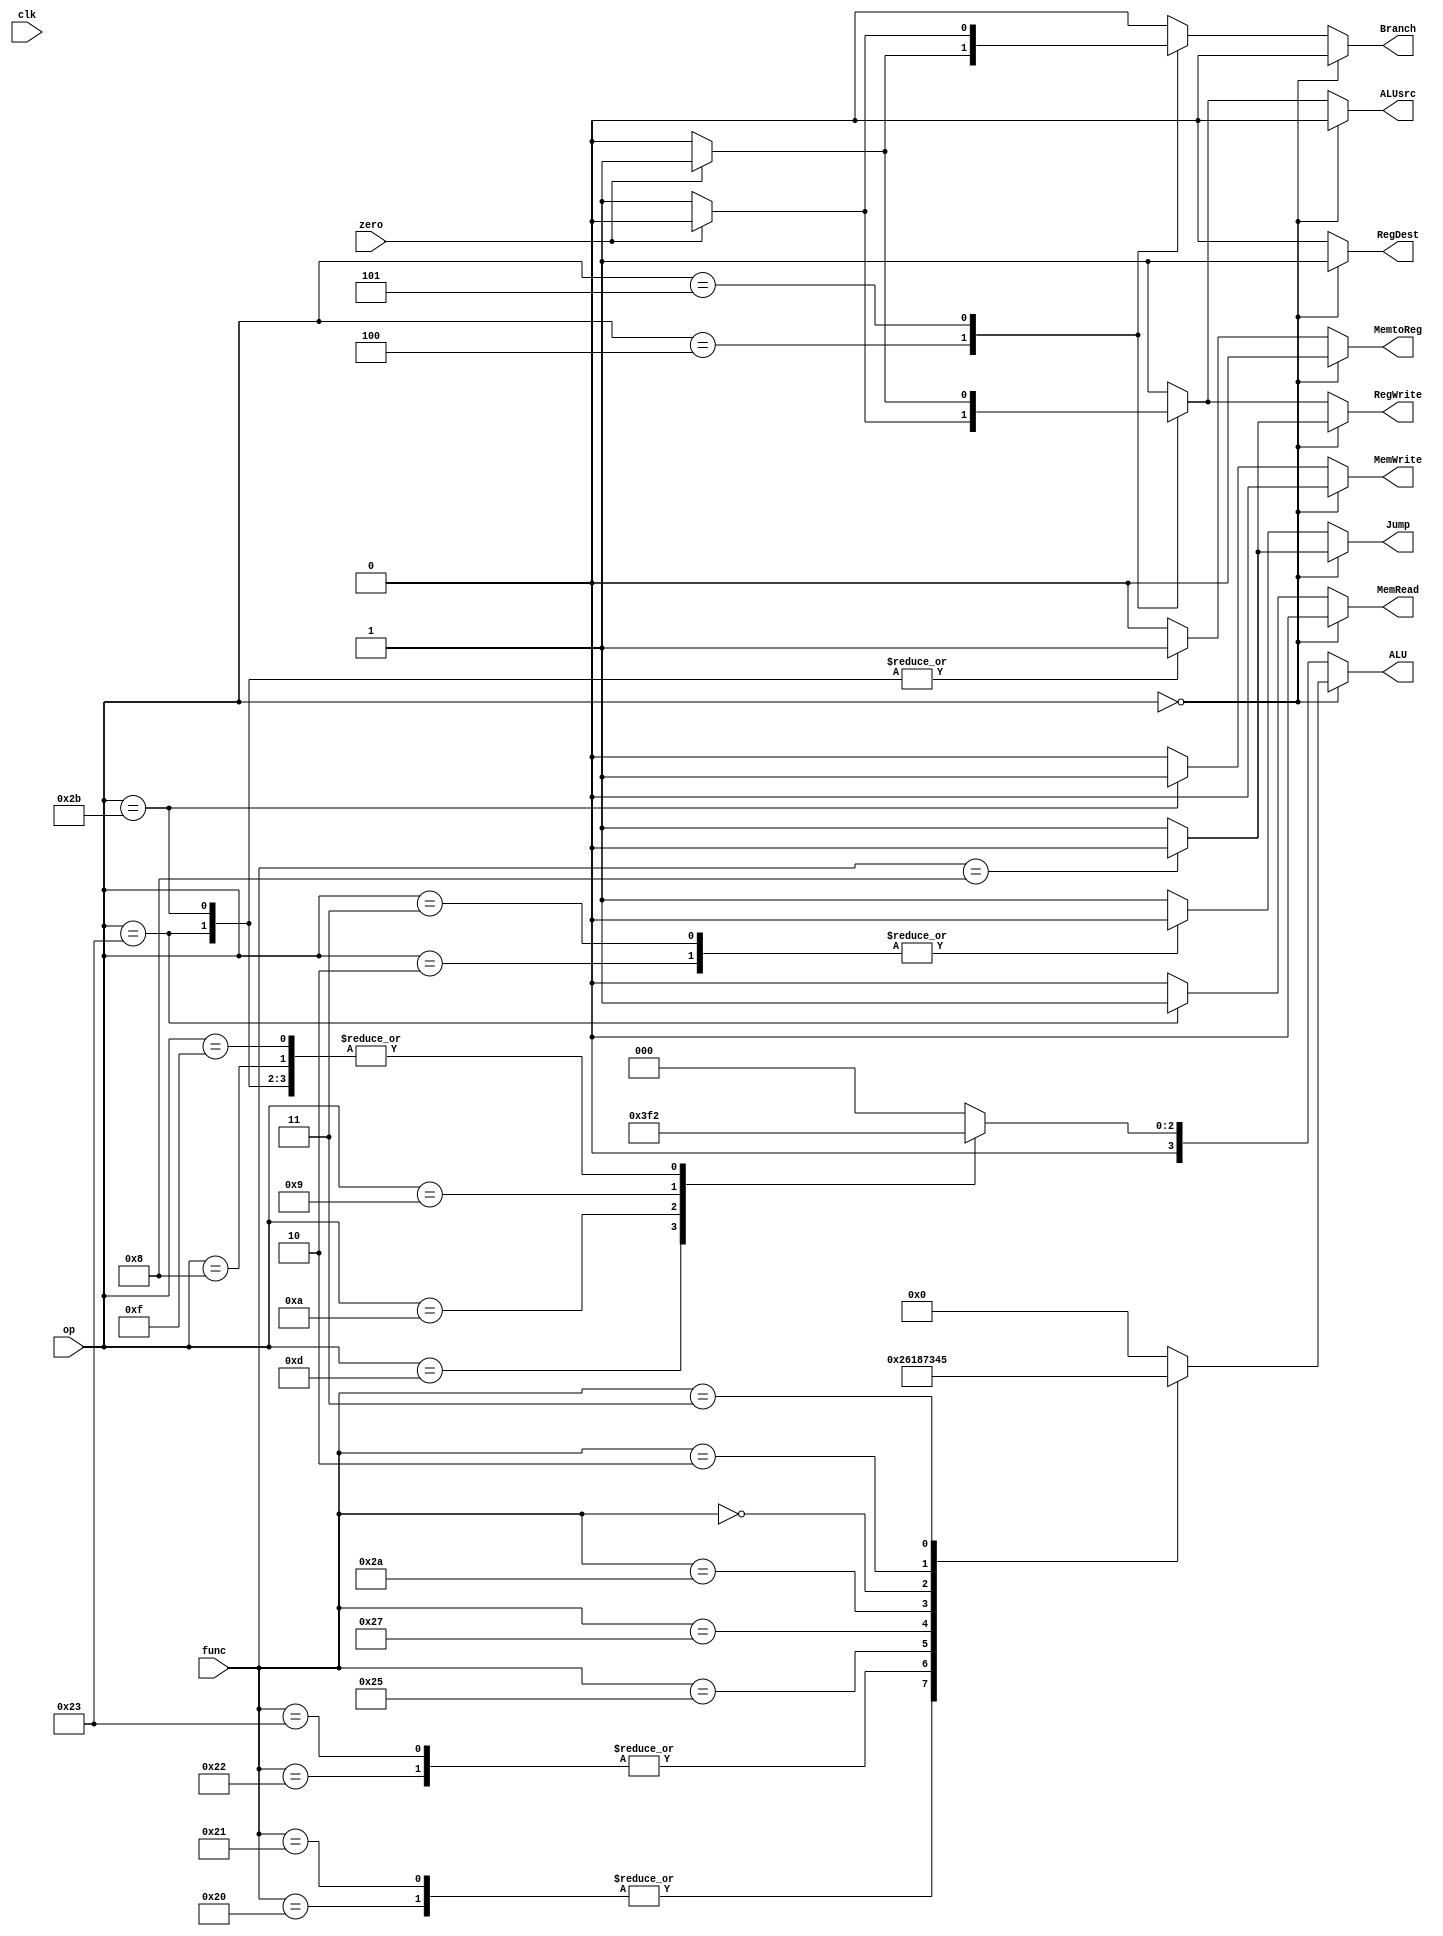
module controller ( 
	input [5:0] func,
	input [5:0] op,
	input zero,
	input clk,
	output reg [3:0] ALU,
	output reg ALUsrc,
	output reg Jump,
	output reg Branch,
	output reg MemWrite,
	output reg MemRead,
	output reg MemtoReg,
	output reg RegWrite,
	output reg RegDest
	);
	
	parameter AND = 4'b0000;
	parameter OR  = 4'b0001;
	parameter ADD = 4'b0010;
	parameter SUB = 4'b0110;
	parameter SLL = 4'b0011;
	parameter SRL = 4'b0100;
	parameter SLT = 4'b0111;
	parameter SRA = 4'b0101;
	parameter NOR = 4'b1000;
	
	
always @ (*)//posedge clk)
	begin
	// x and z values are NOT treated as don't-care's
	ALU = 0;
	ALUsrc = 0;
	Jump = 1;
	Branch = 0;
	MemWrite = 0;
	MemRead = 0; 
	MemtoReg = 0; 
	RegWrite = 0;
	RegDest = 0;
	
	// R-Type
	if (op == 0)
		begin
		RegDest = 1;
		RegWrite = 1;
		ALUsrc = 0;
		MemtoReg = 0;
		case(func)
			6'b100000:	ALU = ADD; 	//add
			6'b100001:	ALU = ADD;	//addu
			6'b100010:	ALU = SUB;	//sub
			6'b100011:	ALU = SUB; 	//subu
			6'b100100:	ALU = AND;	//and
			6'b100101:	ALU = OR;   //or
			6'b100111:	ALU = NOR;	//nor
			6'b101010:	ALU = SLT;	//slt
			6'b000000:	ALU = SLL; 	//sll
			6'b000010:	ALU = SRL; 	//srl
			6'b000011:	ALU = SRA;	//sra
			6'b001000:  begin 
						Jump = 0;	//jr
						RegWrite = 0;
						end
		endcase
		end
	// I and J type
	else
		begin
		MemtoReg = 0;
		RegDest = 0;
		RegWrite = 1;
		ALUsrc = 1;
		case (op)
			6'b001100:	ALU = AND;	//andi
			6'b001101:	ALU = OR;	//ori
			6'b001010:	ALU = SLT;	//slti
			6'b001000:	ALU = ADD;	//addi
			6'b001001:	ALU = SUB;	//subi
			6'b000100:	if (zero) 
							begin 
							ALUsrc = 0;
							Branch = 1;	//beq
							RegWrite = 0;
							end
			6'b000101:	if (!zero)
							begin
							ALUsrc = 0;
							Branch = 1;	//bne
							RegWrite = 0;
							end
			6'b100011:	begin
						ALU = ADD;
						MemtoReg = 1;
						MemRead = 1;	//lw
						end
			6'b101011:  begin
						ALU = ADD;
						MemWrite = 1;
						MemtoReg = 1;	//sw
						end
			6'b001111:	begin
						ALU = ADD; 
						RegWrite = 1;	//lui
						MemtoReg = 0;
						end
			6'b000010:	begin 
						Jump = 0;	//j
						end
			6'b000011:	begin
						Jump = 0;	//jal
						end
		endcase
		end

	end
	
endmodule